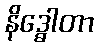
နိဒ္ဓေါတာ